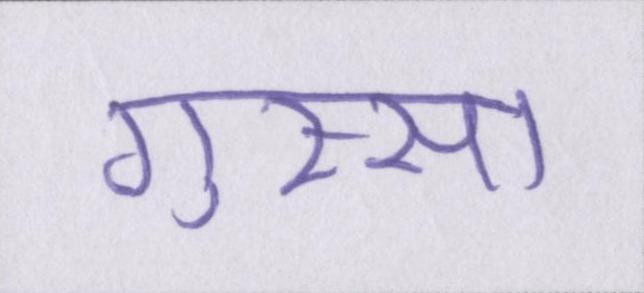
गुस्सा